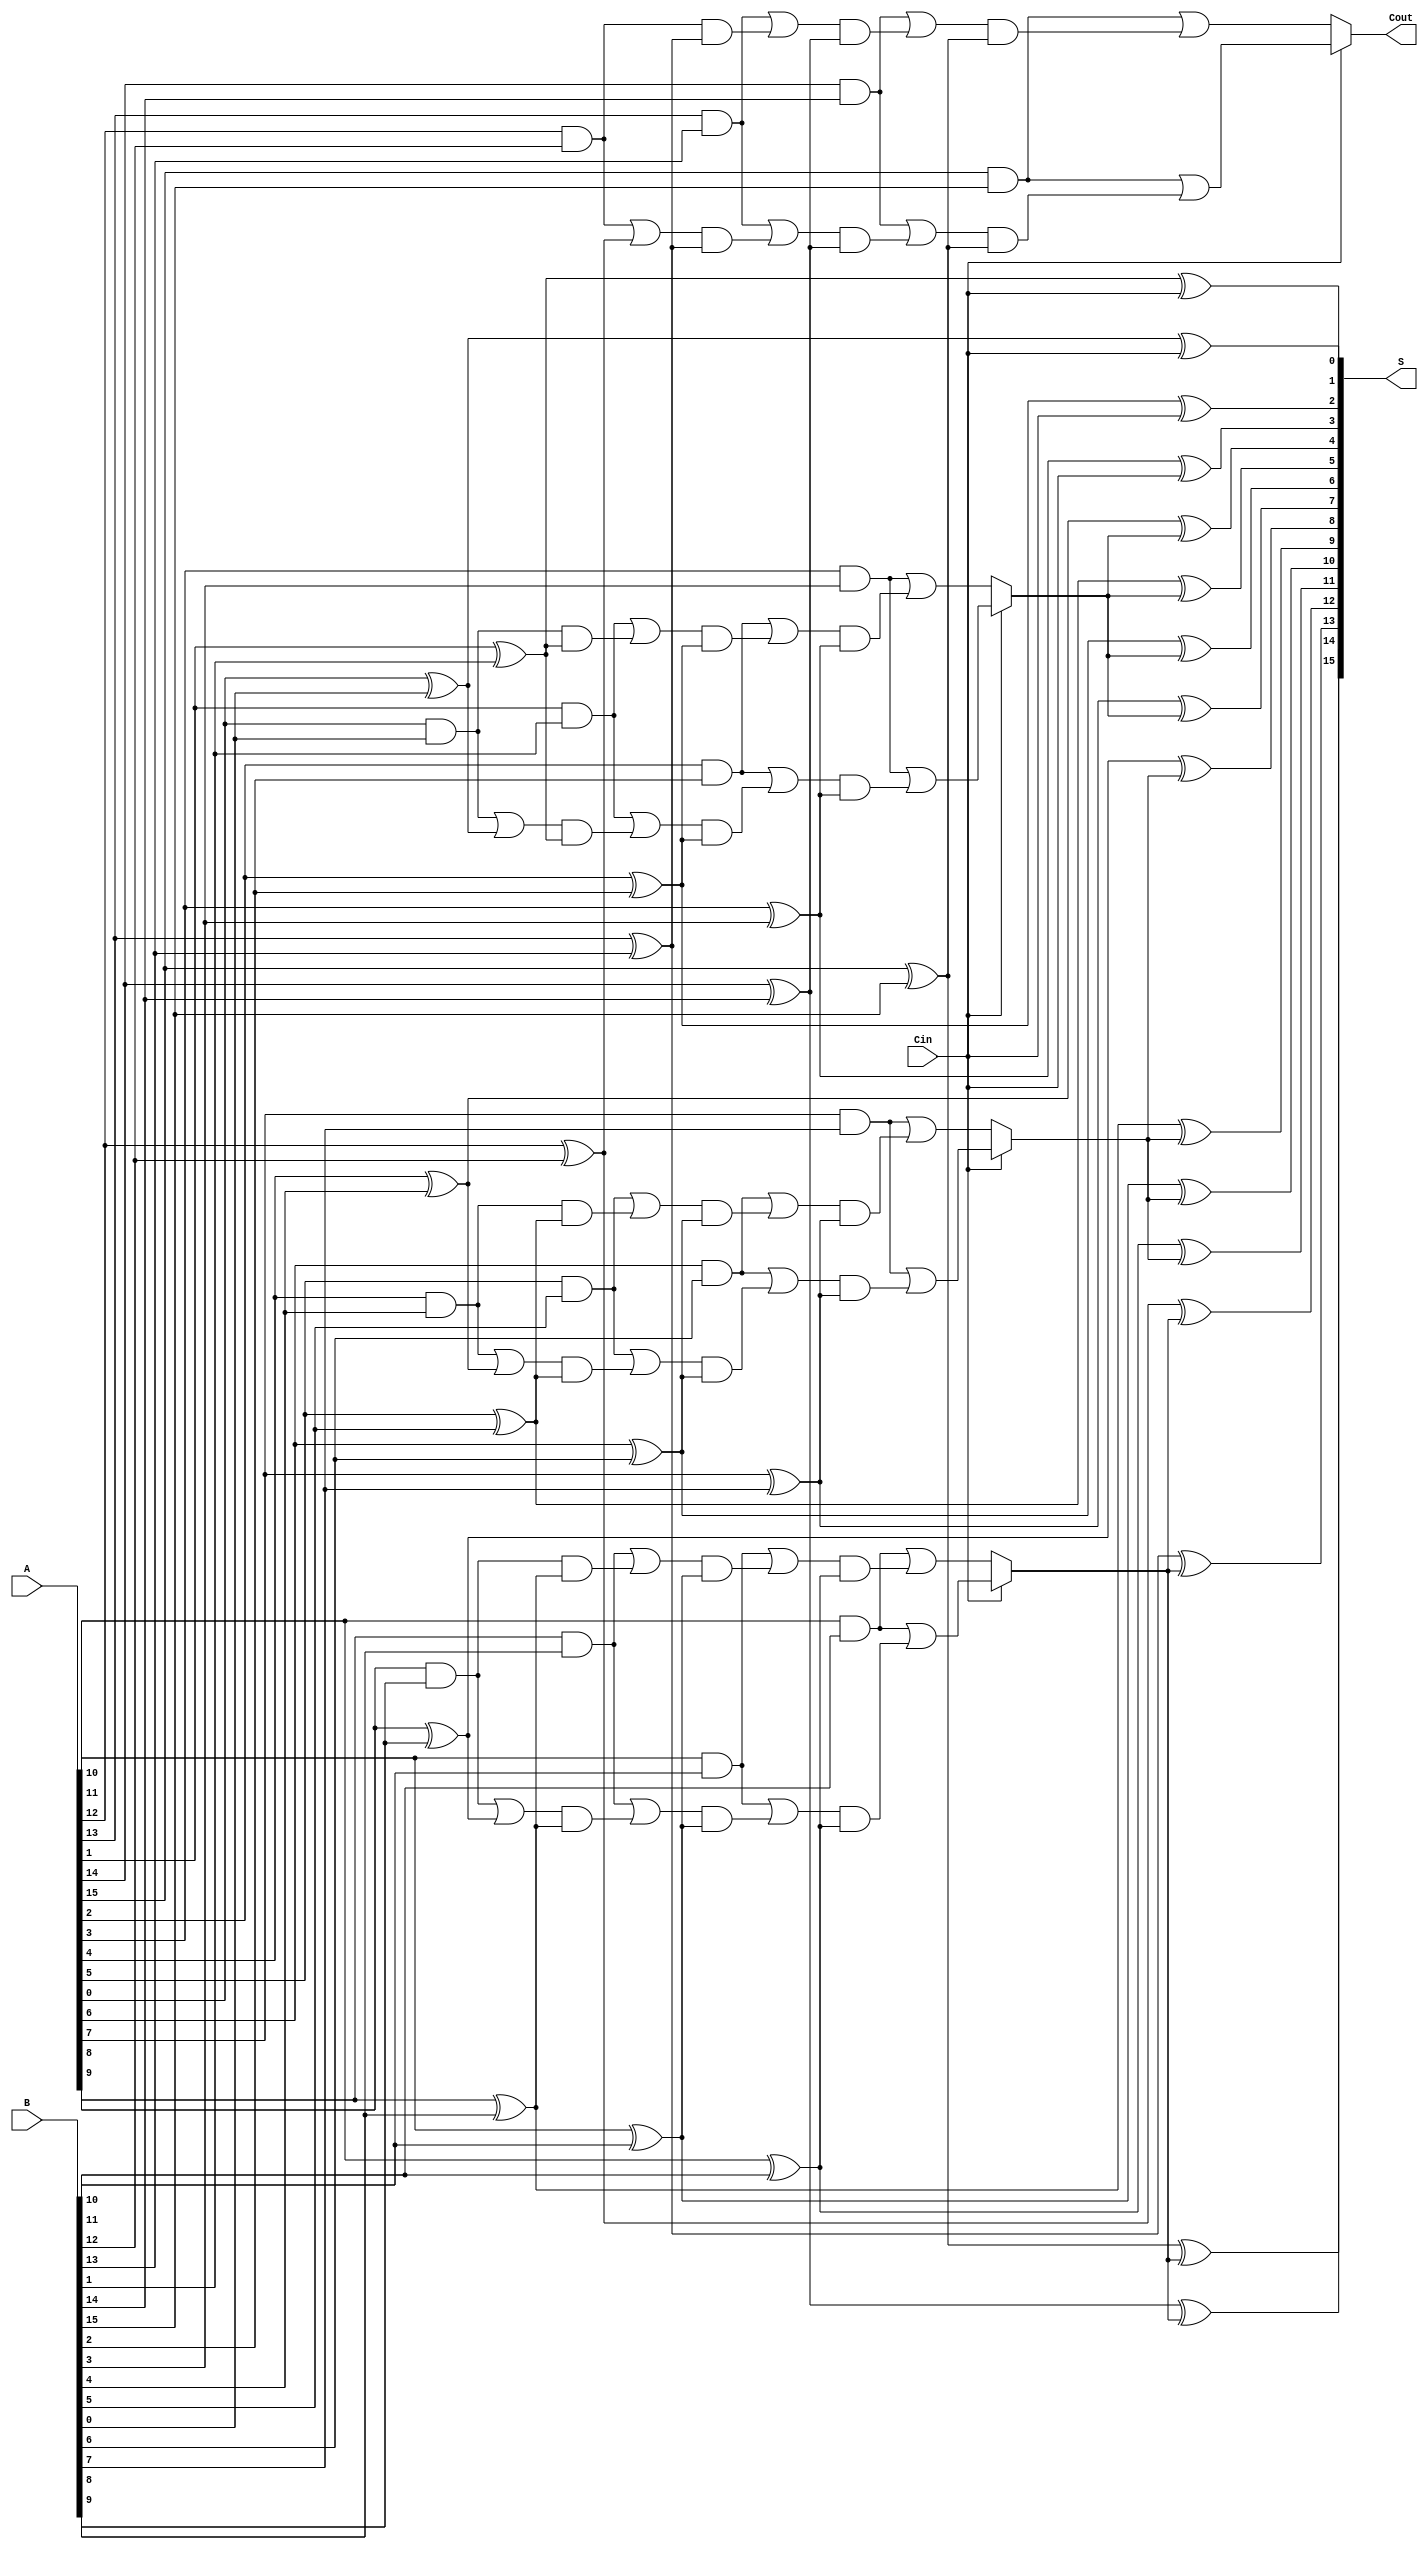
module HybridCarrySelectAdder #(parameter N = 16) (
    input [N-1:0] A,
    input [N-1:0] B,
    input Cin,
    output [N-1:0] S,
    output Cout
);
    localparam BLOCK_SIZE = 4;
    localparam NUM_BLOCKS = N / BLOCK_SIZE;

    wire [BLOCK_SIZE-1:0] sum[0:NUM_BLOCKS-1];
    wire [NUM_BLOCKS-1:0] carry_out[0:1]; // carry_out[0] for Cin=0, carry_out[1] for Cin=1
    wire [NUM_BLOCKS-1:0] selected_carry_out;

    genvar i, j;

    generate
        for (i = 0; i < NUM_BLOCKS; i = i + 1) begin : block
            wire [BLOCK_SIZE-1:0] A_block = A[(i*BLOCK_SIZE)+:BLOCK_SIZE];
            wire [BLOCK_SIZE-1:0] B_block = B[(i*BLOCK_SIZE)+:BLOCK_SIZE];
            wire local_cin = (i == 0) ? Cin : selected_carry_out[i-1];

            // Carry generation for both carry-in scenarios
            wire [BLOCK_SIZE:0] carry_gen[0:1]; // carry_gen[0] for Cin=0, carry_gen[1] for Cin=1
            assign carry_gen[0][0] = 0; // Initial carry for Cin=0
            assign carry_gen[1][0] = 1; // Initial carry for Cin=1

            // Carry generation logic
            for (j = 0; j < BLOCK_SIZE; j = j + 1) begin : carry_logic
                assign carry_gen[0][j+1] = (A_block[j] & B_block[j]) | (carry_gen[0][j] & (A_block[j] ^ B_block[j]));
                assign carry_gen[1][j+1] = (A_block[j] & B_block[j]) | (carry_gen[1][j] & (A_block[j] ^ B_block[j]));
            end

            // Assign carry_out for each block
            assign carry_out[0][i] = carry_gen[0][BLOCK_SIZE];
            assign carry_out[1][i] = carry_gen[1][BLOCK_SIZE];

            // Sum calculation
            for (j = 0; j < BLOCK_SIZE; j = j + 1) begin : sum_logic
                assign sum[i][j] = A_block[j] ^ B_block[j] ^ local_cin;
            end
        end
    endgenerate

    // Mux selection for carry_out based on Cin
    generate
        for (i = 0; i < NUM_BLOCKS; i = i + 1) begin : carry_mux
            assign selected_carry_out[i] = Cin ? carry_out[1][i] : carry_out[0][i];
        end
    endgenerate

    // Final carry out
    assign Cout = selected_carry_out[NUM_BLOCKS-1];

    // Final sum output
    generate
        for (i = 0; i < NUM_BLOCKS; i = i + 1) begin : sum_output
            assign S[(i*BLOCK_SIZE)+:BLOCK_SIZE] = sum[i];
        end
    endgenerate

endmodule